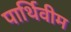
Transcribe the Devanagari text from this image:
पार्थिवीम